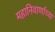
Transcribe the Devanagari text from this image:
महानिवार्णाच्या